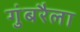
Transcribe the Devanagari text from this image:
गुंबरैला